Elephants and their diseases
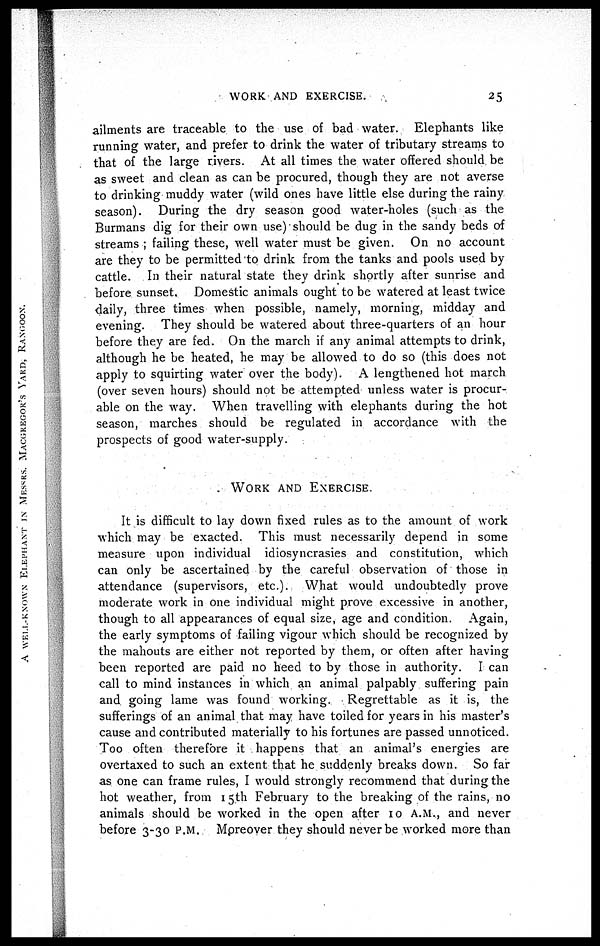
WORK AND EXERCISE.
25
ailments are traceable to the use of bad water. Elephants like
running water, and prefer to drink the water of tributary streams to
that of the large rivers. At all times the water offered should be
as sweet and clean as can be procured, though they are not averse
to drinking muddy water (wild ones have little else during the rainy
season). During the dry season good water-holes (such as the
Burmans dig for their own use) should be dug in the sandy beds of
streams ; failing these, well water must be given. On no account
are they to be permitted to drink from the tanks and pools used by
cattle. In their natural state they drink shortly after sunrise and
before sunset. Domestic animals ought to be watered at least twice
daily, three times when possible, namely, morning, midday and
evening. They should be watered about three-quarters of an hour
before they are fed. On the march if any animal attempts to drink,
although he be heated, he may be allowed to do so (this does not
apply to squirting water over the body). A lengthened hot march
(over seven hours) should not be attempted unless water is procur-
able on the way. When travelling with elephants during the hot
season, marches should be regulated in accordance with the
prospects of good water-supply.
WORK AND EXERCISE.
It is difficult to lay down fixed rules as to the amount of work
which may be exacted. This must necessarily depend in some
measure upon individual idiosyncrasies and constitution, which
can only be ascertained by the careful observation of those in
attendance (supervisors, etc.). What would undoubtedly prove
moderate work in one individual might prove excessive in another,
though to all appearances of equal size, age and condition. Again,
the early symptoms of failing vigour which should be recognized by
the mahouts are either not reported by them, or often after having
been reported are paid no heed to by those in authority. I can
call to mind instances in which an animal palpably suffering pain
and going lame was found working. Regrettable as it is, the
sufferings of an animal that may have toiled for years in his master's
cause and contributed materially to his fortunes are passed unnoticed.
Too often therefore it happens that an animal's energies are
overtaxed to such an extent that he suddenly breaks down. So far
as one can frame rules, I would strongly recommend that during the
hot weather, from 15th February to the breaking of the rains, no
animals should be worked in the open after 10 A.M., and never
before 3-30 P.M. Moreover they should never be worked more than